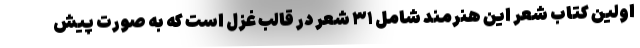
اولین کتاب شعر این هنرمند شامل ۳۱ شعر در قالب غزل است که به صورت پیش